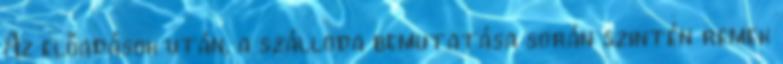
Az előadások után, a szálloda bemutatása során szintén remek